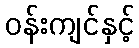
ဝန်းကျင်နှင့်